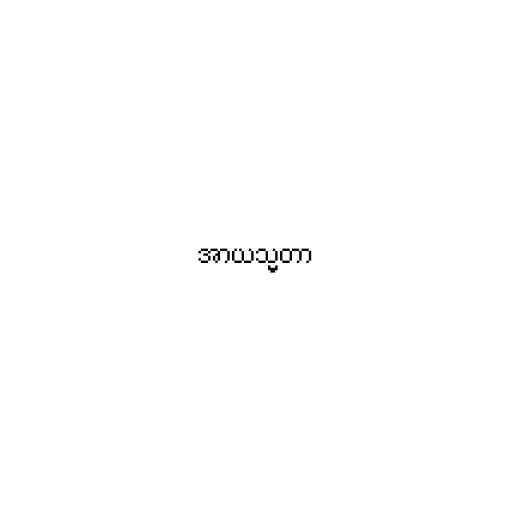
အာယသ္မတာ